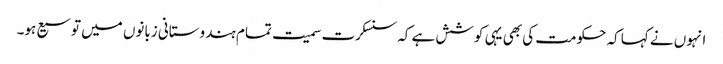
انہوں نے کہا کہ حکومت کی بھی یہی کوشش ہے کہ سنسکرت سمیت تمام ہندوستانی زبانوں میں توسیع ہو۔